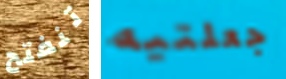
تنفتح جعلتيه